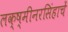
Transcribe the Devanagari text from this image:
लक्ष्मीनरसिंहाचें